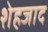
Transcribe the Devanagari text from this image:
शेहजाद